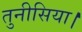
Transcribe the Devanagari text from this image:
तुनीसिया।